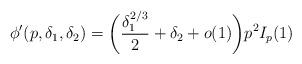
LaTeX: \begin{align*} \phi'(p,\delta_1,\delta_2) = \bigg(\frac{\delta_1^{2/3}}{2} + \delta_2 + o(1)\bigg) p^2 I_p(1) \end{align*}